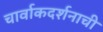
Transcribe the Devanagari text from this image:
चार्वाकदर्शनाची